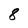
Character: 8